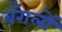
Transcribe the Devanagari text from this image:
बँगलों